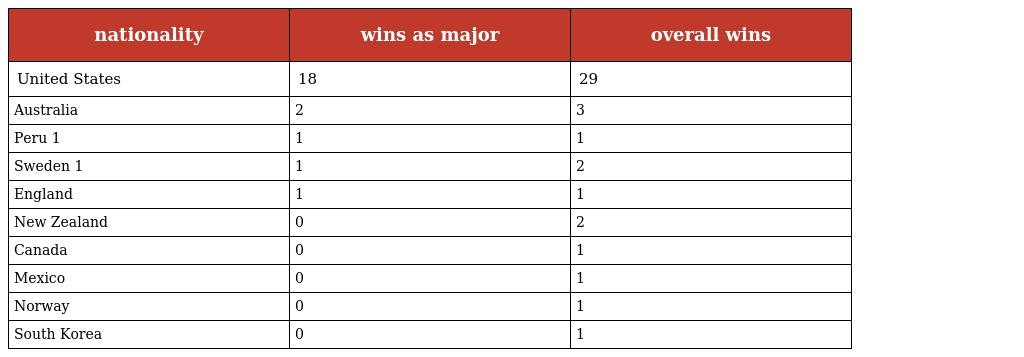
| nationality | wins as major | overall wins |
 | --- | --- | --- |
 | United States | 18 | 29 |
 | Australia | 2 | 3 |
 | Peru 1 | 1 | 1 |
 | Sweden 1 | 1 | 2 |
 | England | 1 | 1 |
 | New Zealand | 0 | 2 |
 | Canada | 0 | 1 |
 | Mexico | 0 | 1 |
 | Norway | 0 | 1 |
 | South Korea | 0 | 1 |